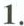
1.